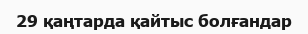
29 қаңтарда қайтыс болғандар